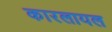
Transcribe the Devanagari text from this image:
कारलायल